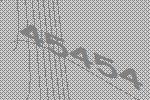
45454